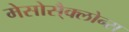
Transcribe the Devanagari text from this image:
मेसोसै्क्लोन्स